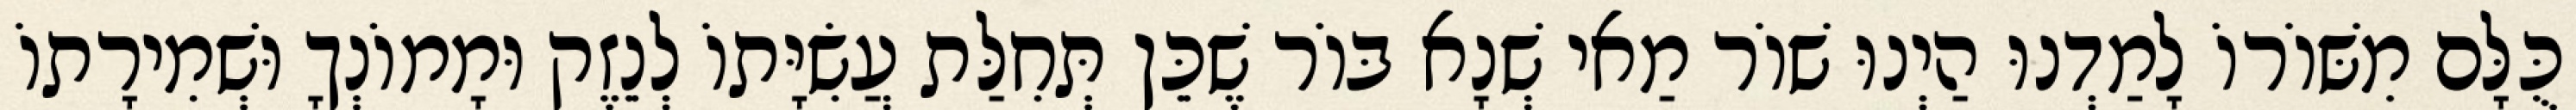
כֻּלָּם מִשּׁוֹרוֹ לָמַדְנוּ הַיְנוּ שׁוֹר מַאי שְׁנָא בּוֹר שֶׁכֵּן תְּחִלַּת עֲשִׂיָּתוֹ לְנֵזֶק וּמָמוֹנְךָ וּשְׁמִירָתוֹ